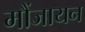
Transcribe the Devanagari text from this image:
मौंजायन